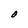
Character: O